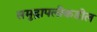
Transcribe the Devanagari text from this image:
समुद्रापलीकडील